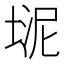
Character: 𪣮